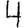
Digit: 4